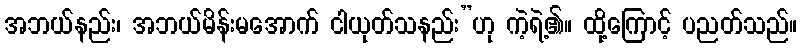
အဘယ်နည်း၊ အဘယ်မိန်းမအောက် ငါယုတ်သနည်း”ဟု ကဲ့ရဲ့၏။ ထို့ကြောင့် ပညတ်သည်။